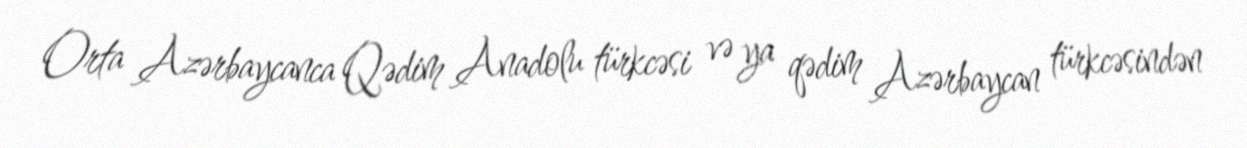
Orta Azərbaycanca Qədim Anadolu türkcəsi və ya qədim Azərbaycan türkcəsindən